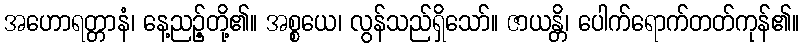
အဟောရတ္တာနံ၊ နေ့ညဉ့်တို့၏။ အစ္စယေ၊ လွန်သည်ရှိသော်။ ဇာယန္တိ၊ ပေါက်ရောက်တတ်ကုန်၏။